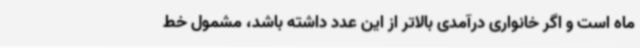
ماه است و اگر خانواری درآمدی بالاتر از این عدد داشته باشد، مشمول خط